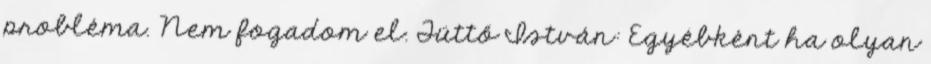
probléma. Nem fogadom el. Tüttő István: Egyébként ha olyan